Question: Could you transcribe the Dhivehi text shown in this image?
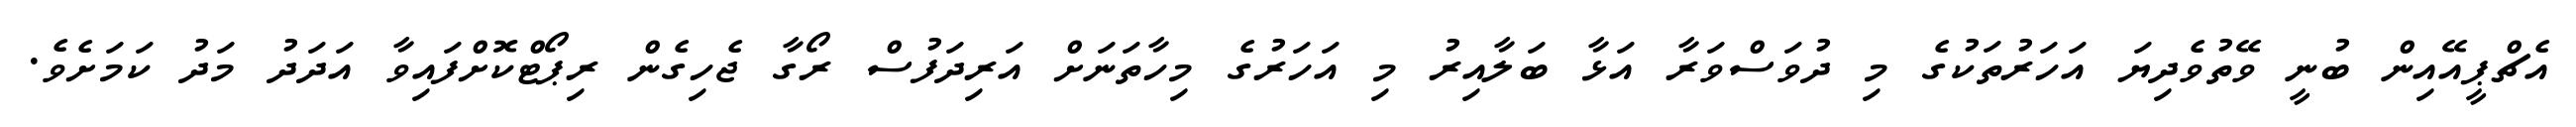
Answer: އެޗްޕީއޭއިން ބުނީ ވޭތުވެދިޔަ އަހަރުތަކުގެ މި ދުވަސްވަރާ އަޅާ ބަލާއިރު މި އަހަރުގެ މިހާތަނަށް އަރިދަފުސް ރޯގާ ޖެހިގެން ރިޕޯޓްކޮށްފައިވާ އަދަދު މަދު ކަމަށެވެ.